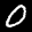
Label: 0